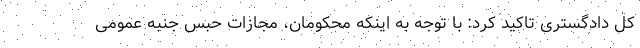
کل دادگستری تاکید کرد: با توجه به اینکه محکومان، مجازات حبس جنبه عمومی